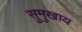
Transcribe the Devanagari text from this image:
सुमुखाय